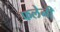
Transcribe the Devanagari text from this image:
फलेनी